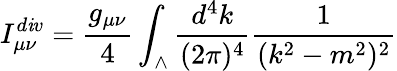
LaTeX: I_{\mu\nu}^{d\mathit{i}v}={\frac{{g_{\mu\nu}}}{{4}}}\int_{\wedge}{\frac{{d^{4}k}}{{(2\pi)^{4}}}}{\frac{{1}}{{(k^{2}-m^{2})^{2}}}}